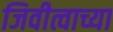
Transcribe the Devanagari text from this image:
जिवीत्वाच्या